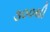
૩૦૦થી